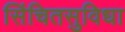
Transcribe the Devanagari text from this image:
सिंचितसुविधा